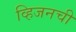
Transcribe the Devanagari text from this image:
व्हिजनची